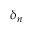
\delta _ { n }